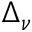
\Delta _ { \nu }